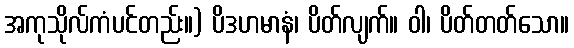
အကုသိုလ်ကံပင်တည်း။) ပိဒဟမာနံ၊ ပိတ်လျက်။ ဝါ၊ ပိတ်တတ်သော။